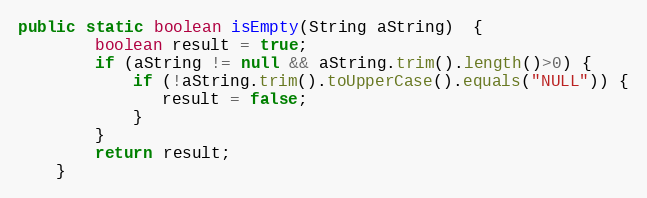
Language: Java
public static boolean isEmpty(String aString)  {
    	boolean result = true;
    	if (aString != null && aString.trim().length()>0) {
    		if (!aString.trim().toUpperCase().equals("NULL")) {
    		   result = false;
    		}
    	}
    	return result;
    }